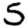
Digit: 5